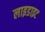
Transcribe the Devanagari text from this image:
लाइडाइट